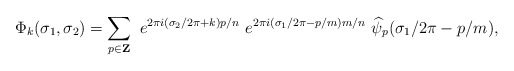
\begin{align*}\Phi_k(\sigma_1,\sigma_2) = \sum_{p\in {\bf Z}}~e^{2\pi i (\sigma_2/2\pi+k) p/n}~e^{2\pi i (\sigma_1/2\pi -p/m)m/n}~\widehat{\psi}_p(\sigma_1/2\pi -p/m),\end{align*}